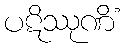
ပဋိဿုဏိံ